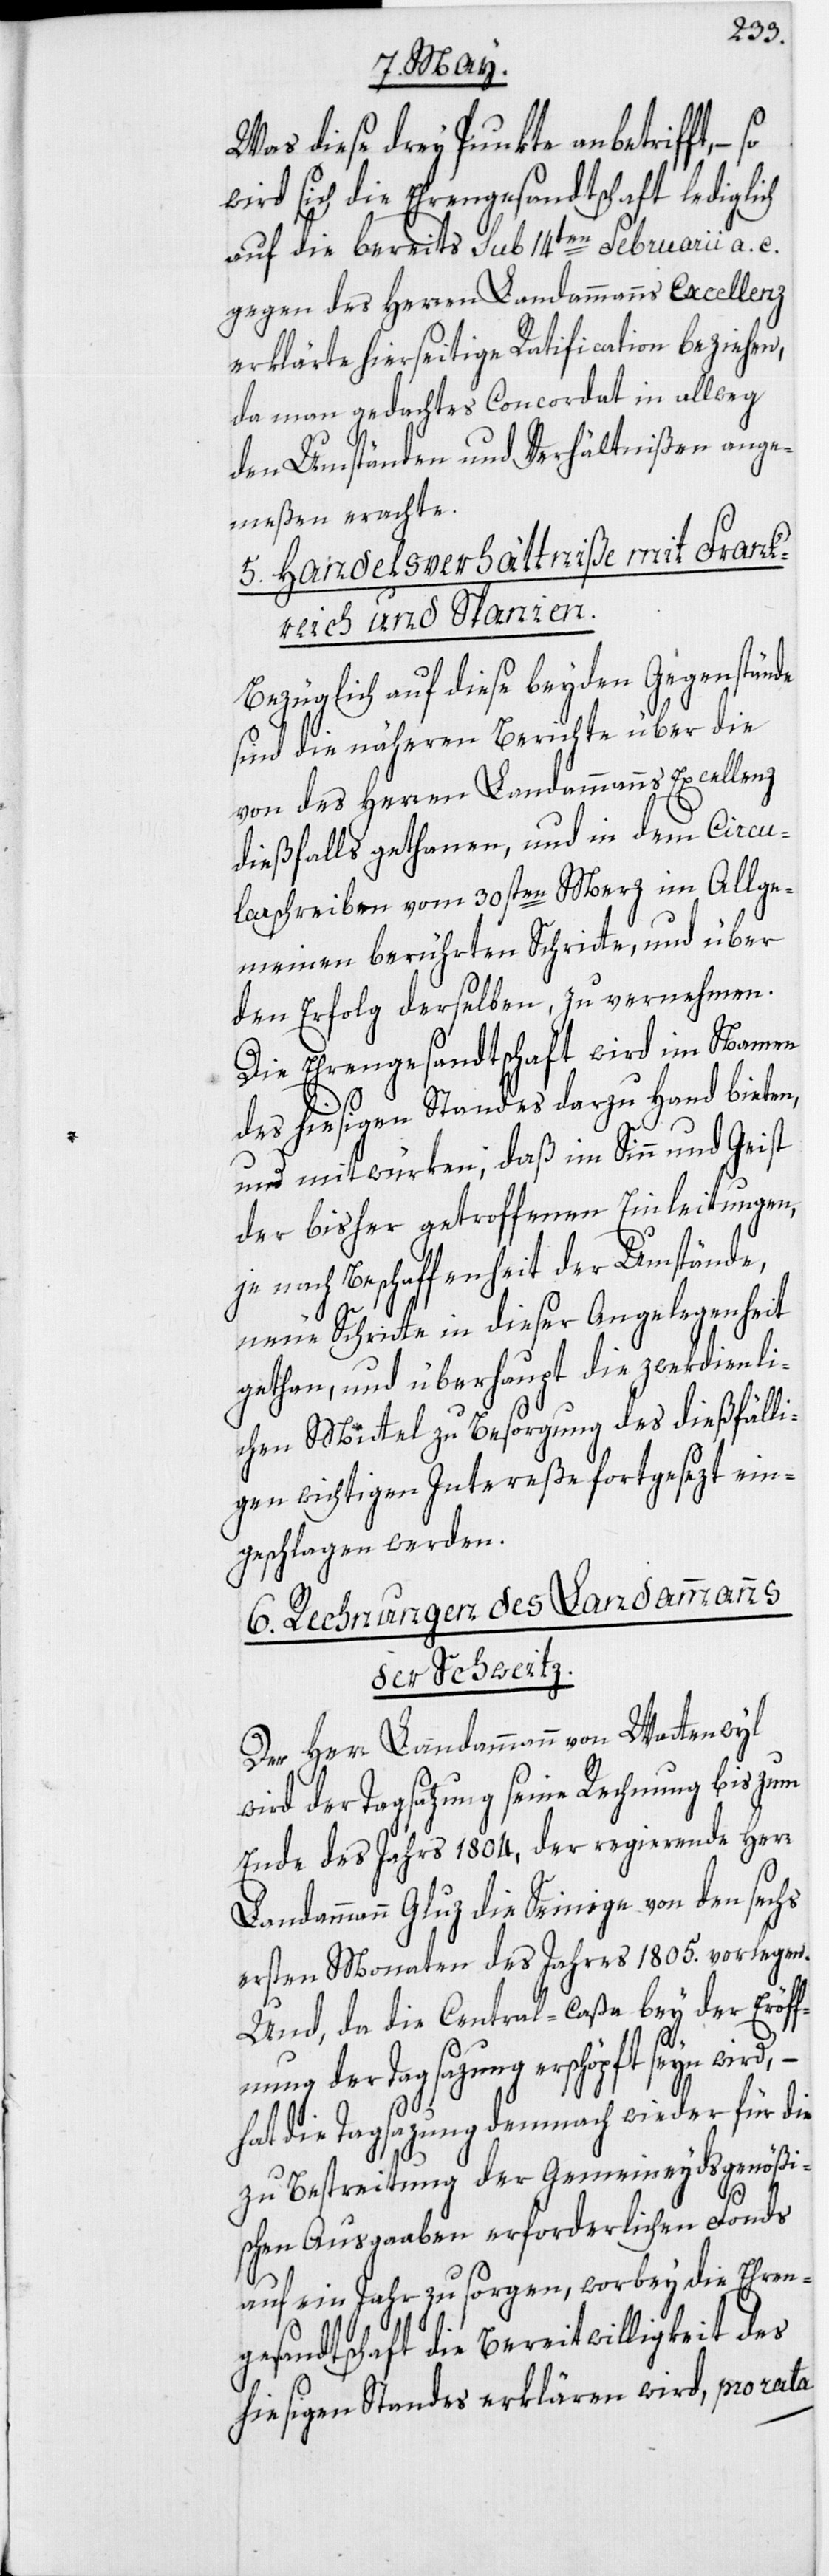
Was diese drey Punkte anbetrifft, –
wird sich die Ehrengesandtschaft lediglich
auf die bereits sub 14ten Februarii a. c.
gegen des Herren Landammanns Excellenz
erklärte hierseitige Ratification beziehen,
da man gedachtes Concordat in allweg
den Umständen und Verhältnißen ange¬
meßen erachte.
5. Handelsverhältniße mit Frank¬
reich und Spanien.
Bezüglich auf diese beyden Gegenstände
sind die näheren Berichte über die
von des Herren Landammanns Excellenz
dießfalls gethanen, und in dem Circu¬
larschreiben vom 30sten Merz im Allge¬
meinen berührten Schritte, und über
den Erfolg derselben, zu vernehmen.
Die Ehrengesandtschaft wird im Namen
des hiesigen Standes darzu Hand bieten,
und mitwürken, daß im Sinn und Geist
der bisher getroffenen Einleitungen,
je nach Beschaffenheit der Umstände,
neue Schritte in dieser Angelegenheit
gethan, und überhaupt die zwekdienli¬
chen Mittel zu Besorgung des dießfälli¬
gen wichtigen Intereße fortgesezt ein¬
geschlagen werden.
6. Rechnungen des Landammanns
der Schweitz.
Der Herr Landammann von Wattenwyl
wird der Tagsatzung seine Rechnung bis zum
Ende des Jahrs 1804, der regierende Herr
Landammann Gluz die Seinige von den sechs
ersten Monaten des Jahres 1805. vorlegen.
Und, da die Central-Caßa bey der Eröff¬
nung der Tagsazung erschöpft seyn wird, –
hat die Tagsazung demnach wieder für die
zu Bestreitung der Gemeineydsgenößi¬
schen Ausgaaben erforderlichen Fonds
auf ein Jahr zu sorgen, worbey die Ehren¬
gesandtschaft die Bereitwilligkeit des
hiesigen Standes erklären wird, pro rata